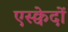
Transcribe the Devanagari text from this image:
एस्क्वेदों